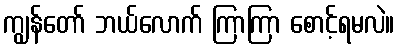
ကျွန်တော် ဘယ်လောက် ကြာကြာ စောင့်ရမလဲ။